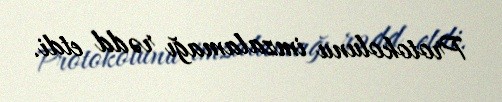
Protokolunu imzalamağı rədd etdi.